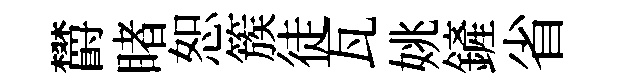
欝睹恕簇徒瓦姚鏟省